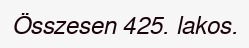
Összesen 425. lakos.